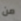
من